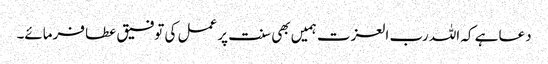
دعا ہے کہ اللہ رب العزت ہمیں بھی سنت پر عمل کی توفیق عطا فرمائے۔